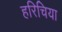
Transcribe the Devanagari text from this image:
हरिचिया